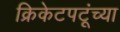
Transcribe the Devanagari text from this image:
क्रिकेटपटूंच्या